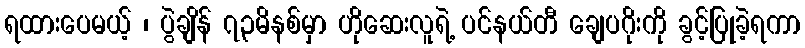
ရထားပေမယ့် ၊ ပွဲချိန် ၇၃မိနစ်မှာ ဟိုဆေးလူရဲ့ ပင်နယ်တီ ချေပဂိုးကို ခွင့်ပြုခဲ့ရကာ